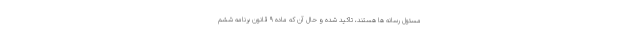
مسئول رسانه ها هستند، تاکید شده و حال آن که ماده ۹ قانون برنامه ششم